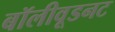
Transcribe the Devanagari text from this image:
बॉलीवूडनट